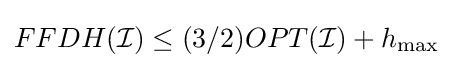
FFDH({\mathcal {I}})\leq (3/2)OPT({\mathcal {I}})+h_{\max }